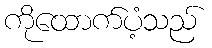
ကိုထောက်ပံ့သည်